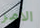
الأمر